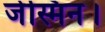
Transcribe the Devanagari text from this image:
जेस्मिन।